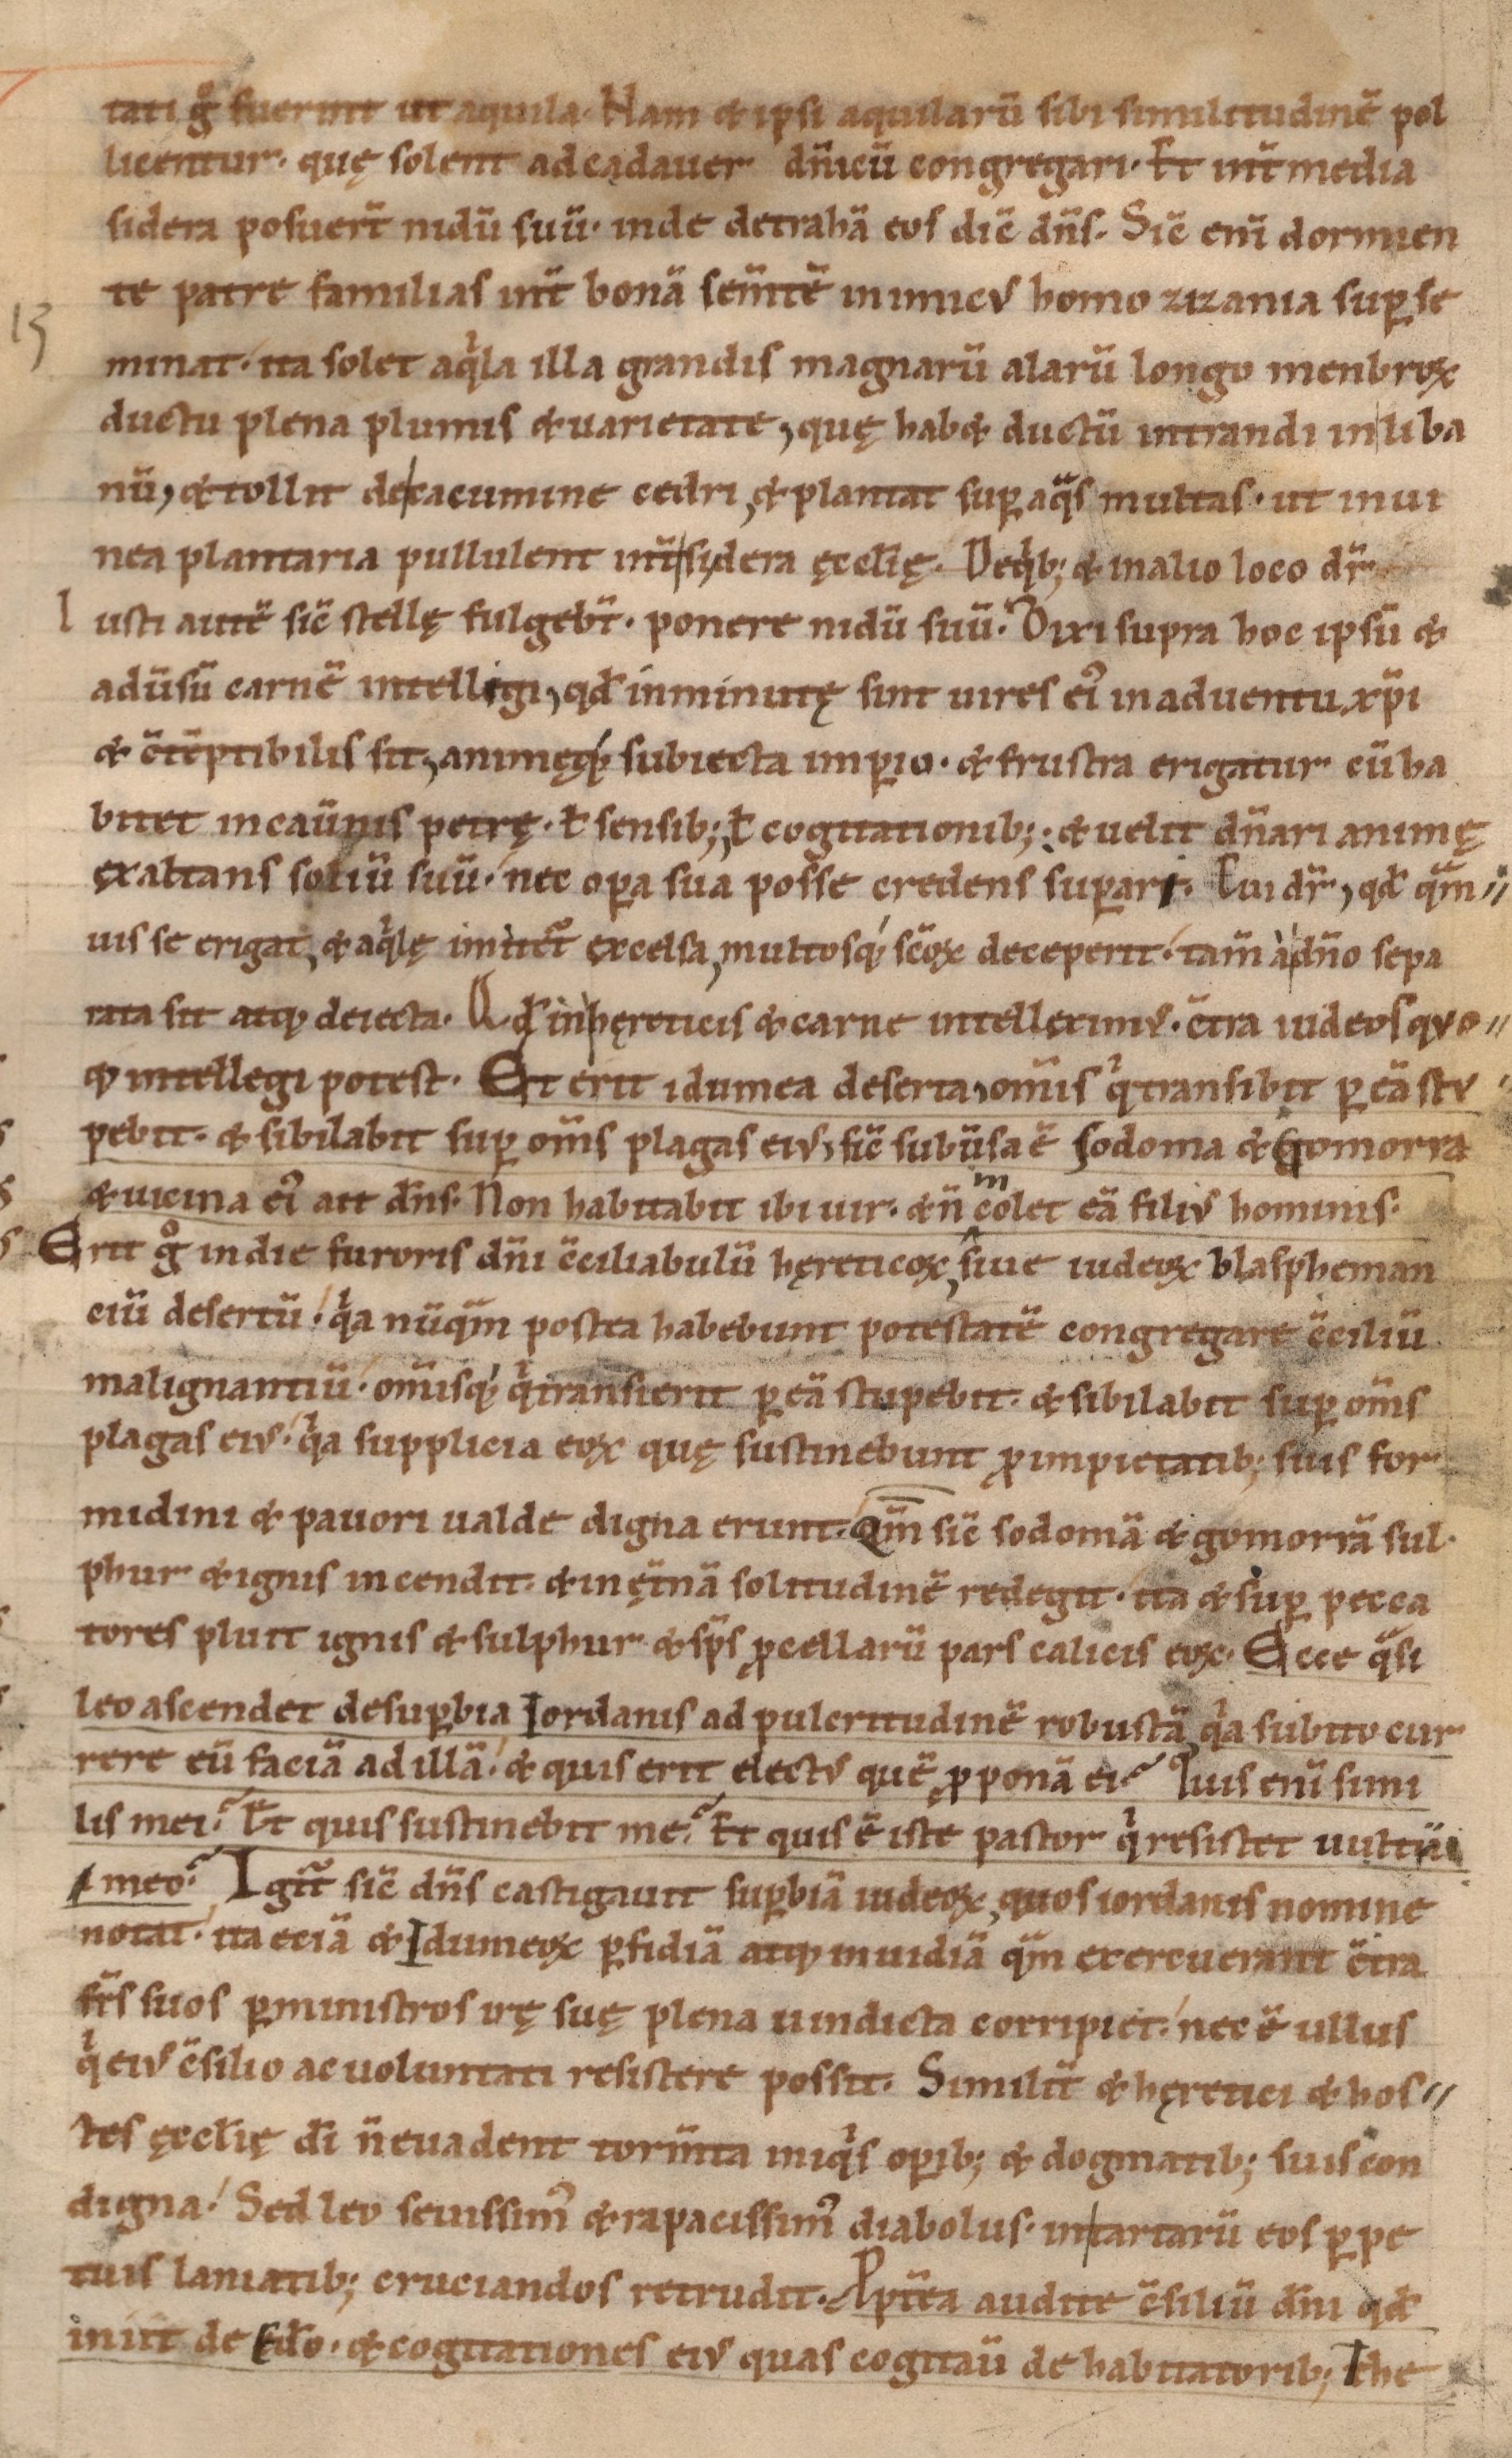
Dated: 1085–1115